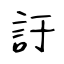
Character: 訏